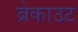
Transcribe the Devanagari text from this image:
ब्रेकाउट